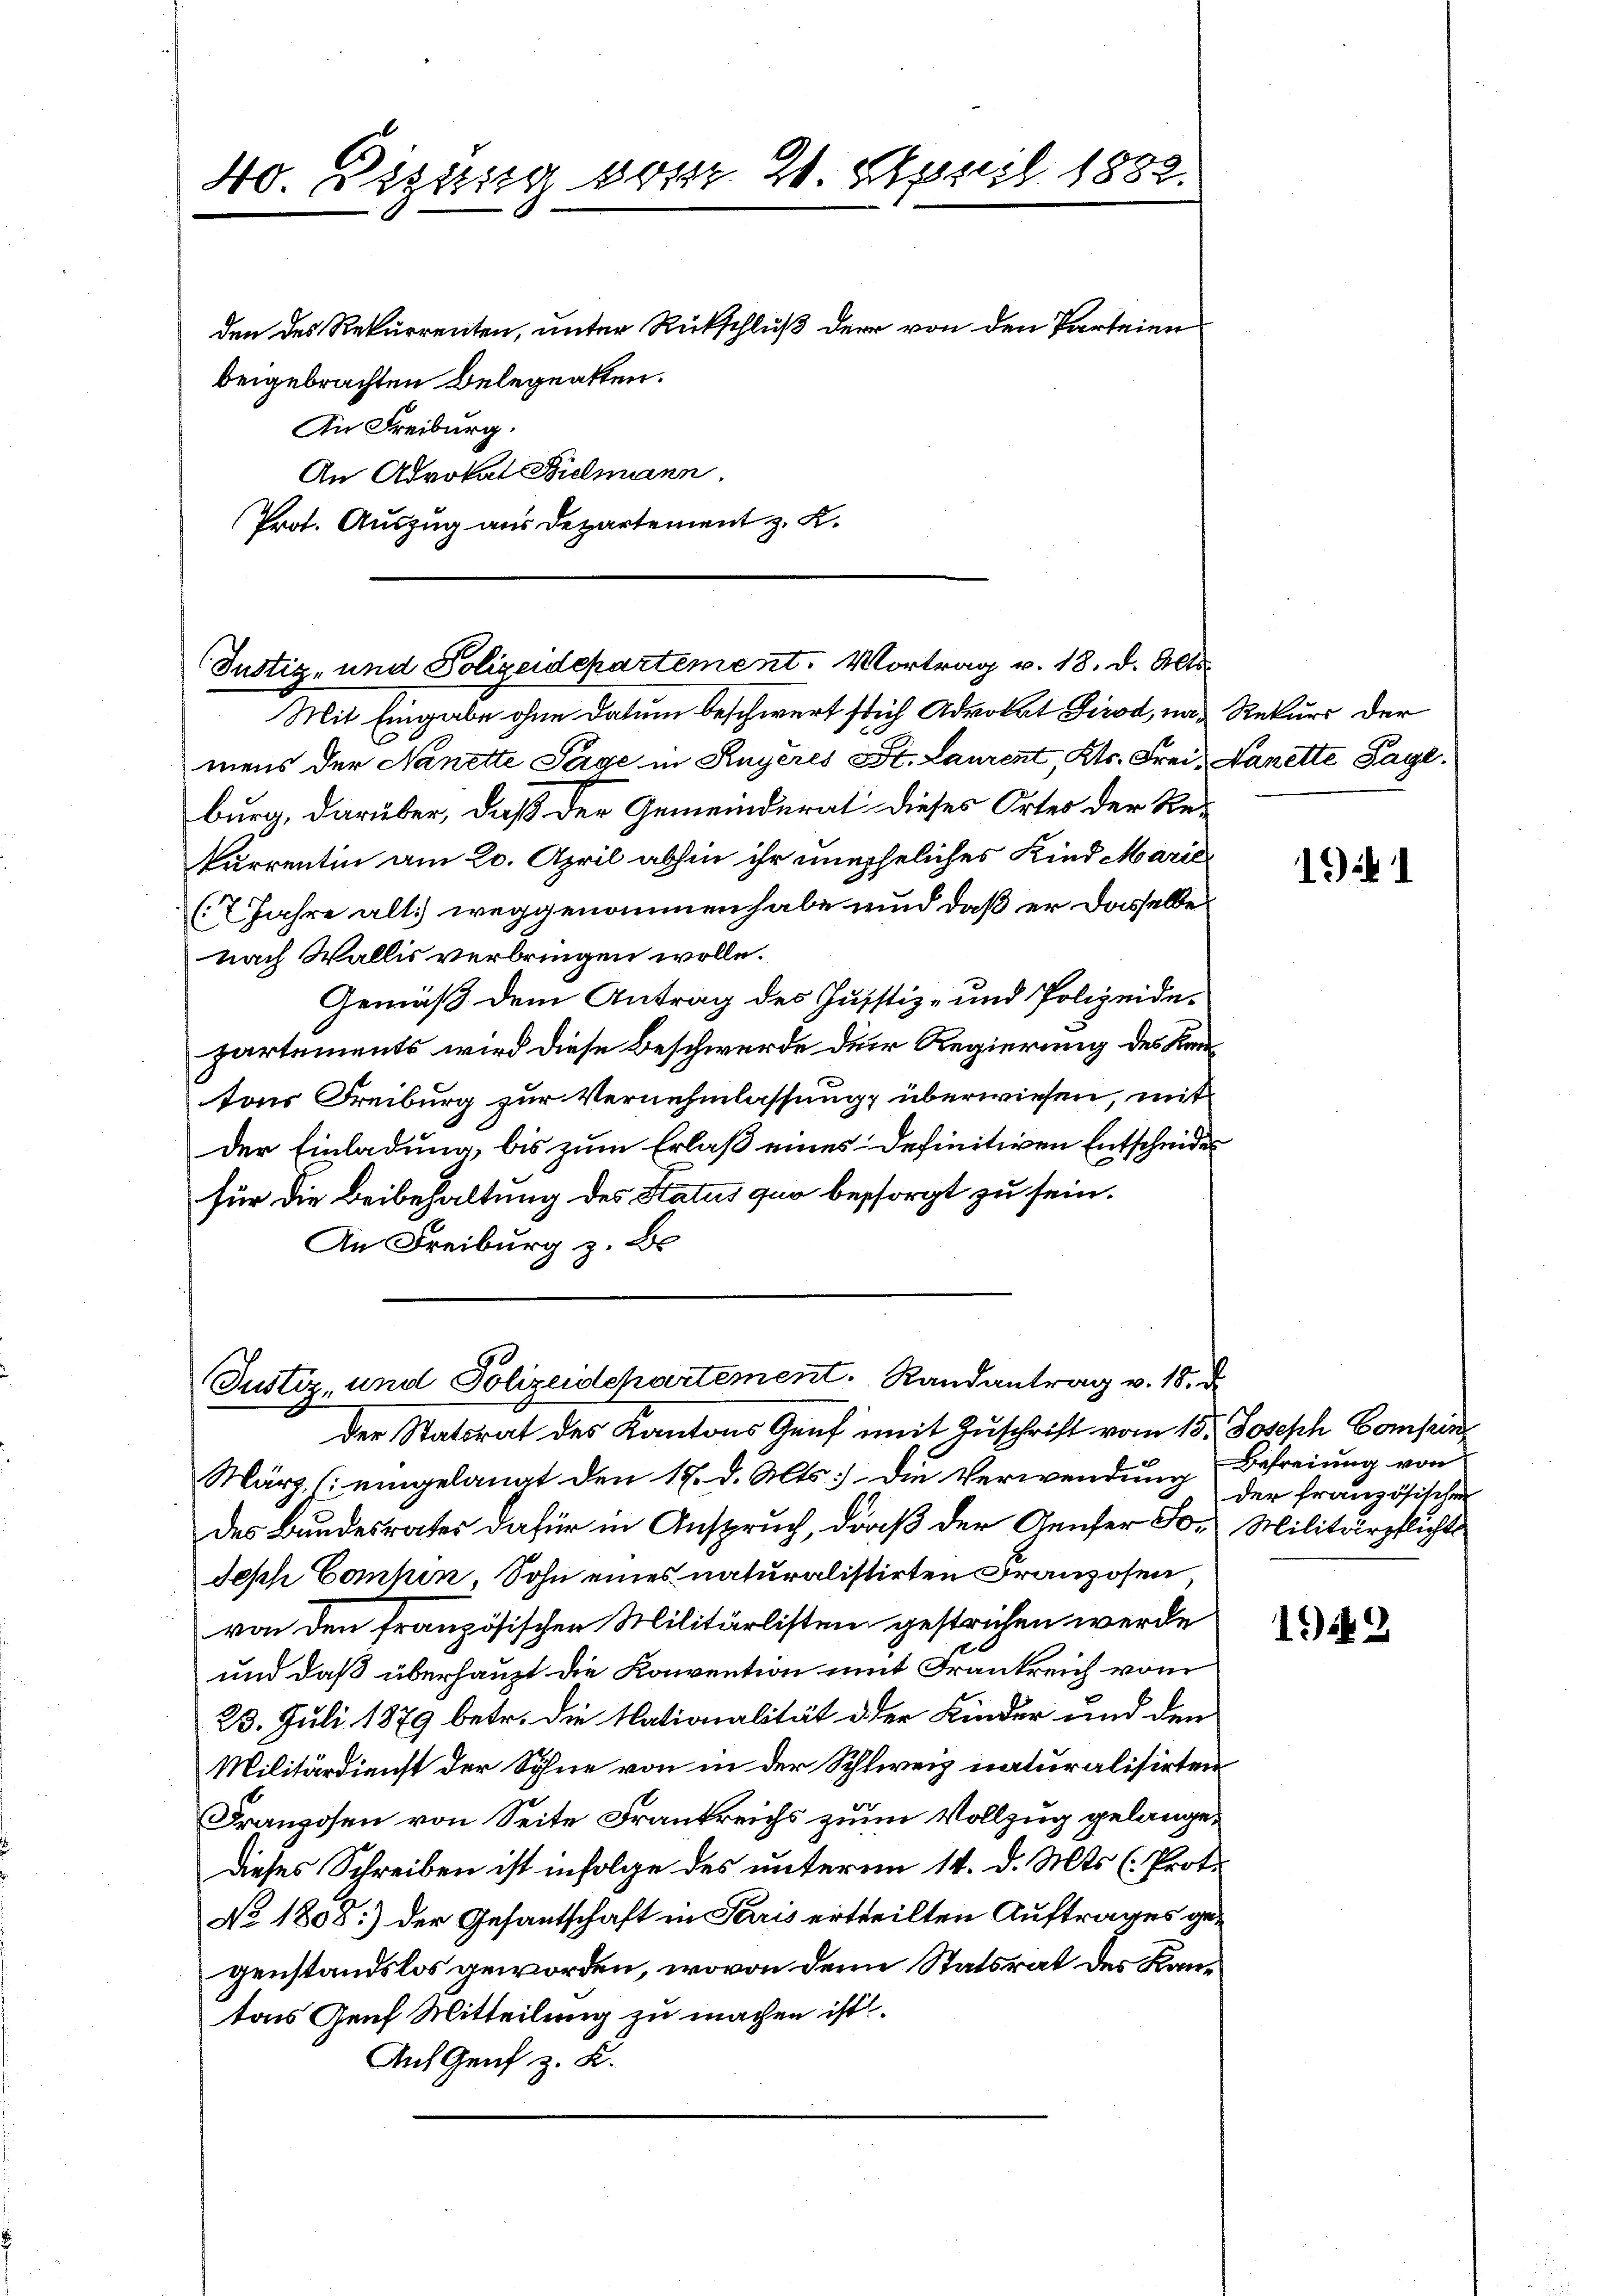
Prot. Auszug aus Departement z. K.

Justiz- und Polizeidepartement. Vortrag v. 18. d. Alts
Mit Eingabe ohne datum beschwert sich Advokat Dirod, nach Rekurs der

40. Digung vom 21. April 1882.
den des Rekurrenten, unter Rückschluß der von den Parteien
beigebrachten Belegnatten.
An Freiburg.
An Advokat Bielmann.

mens der Nanette Tage in Knyeres St. Laurent, Kts. Frei- Lanette Tage,
burg, darüber, daß der Gemeinderat dieses Ortes der Rekurrentin am 20. April abhin ihr uneheliches Kind Marie
(7 Jahre alt. weggenommen habe und daß er dasselbe
nach Wallis verbringen wolle.
Gemäß dem Antrag des Justiz- und Polizeidepartements wird diese Beschwerde der Regierung des Kantons Freiburg zur Vernehmlassung überwiesen, mit
der Einladung, bis zum Erlaß eines Definitiven Entscheides
für die Beibehaltung des Status quo besorgt zu sein.
An Freiburg z. Bs

Justiz, und Polizeidepartement. Randantrag v. 18. d.
der Statsrat des Kantons Genf mit Zuschrift vom 15. Joseph Compen

März (eingelangt den 17. d. Mts. Die Verwendung Befreiung von
des Bundesrates dafür in Anspruch, daß der Genfer So. Militärpflichts
desch Compen, Sohn eines naturalistirten Franzosen
von den französischen Militärlisten gestrichen werde
und daß überhaupt die Konvention mit Frankreich vom
23. Juli 1879 betr. die Nationalität der Kinder und den
Militärdienst der Söhne von in der Schweiz naturalisirten
e
Franzosen von Seite Frankreichs zum Vollzug gelange¬
Dieses Schreiben ist infolge des unterm 14. d. Mts. (Proto
No 1808:) der Gesantschaft in Paris ertheilten Auftrages gegenstandslos geworden, wovon dem Statsrat des Kantons Genf Mitteilung zu machen ist.
Auf Genf z. K.

19 1

der französischen

1949